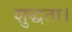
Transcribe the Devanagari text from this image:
शुद्धता।